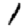
Digit: 1